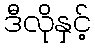
ဒီလိုနှင့်